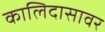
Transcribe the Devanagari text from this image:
कालिदासावर